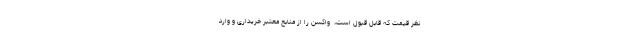
نظر قیمت که قابل قبول است، ‌ واکسن را از منابع معتبر خریداری و وارد